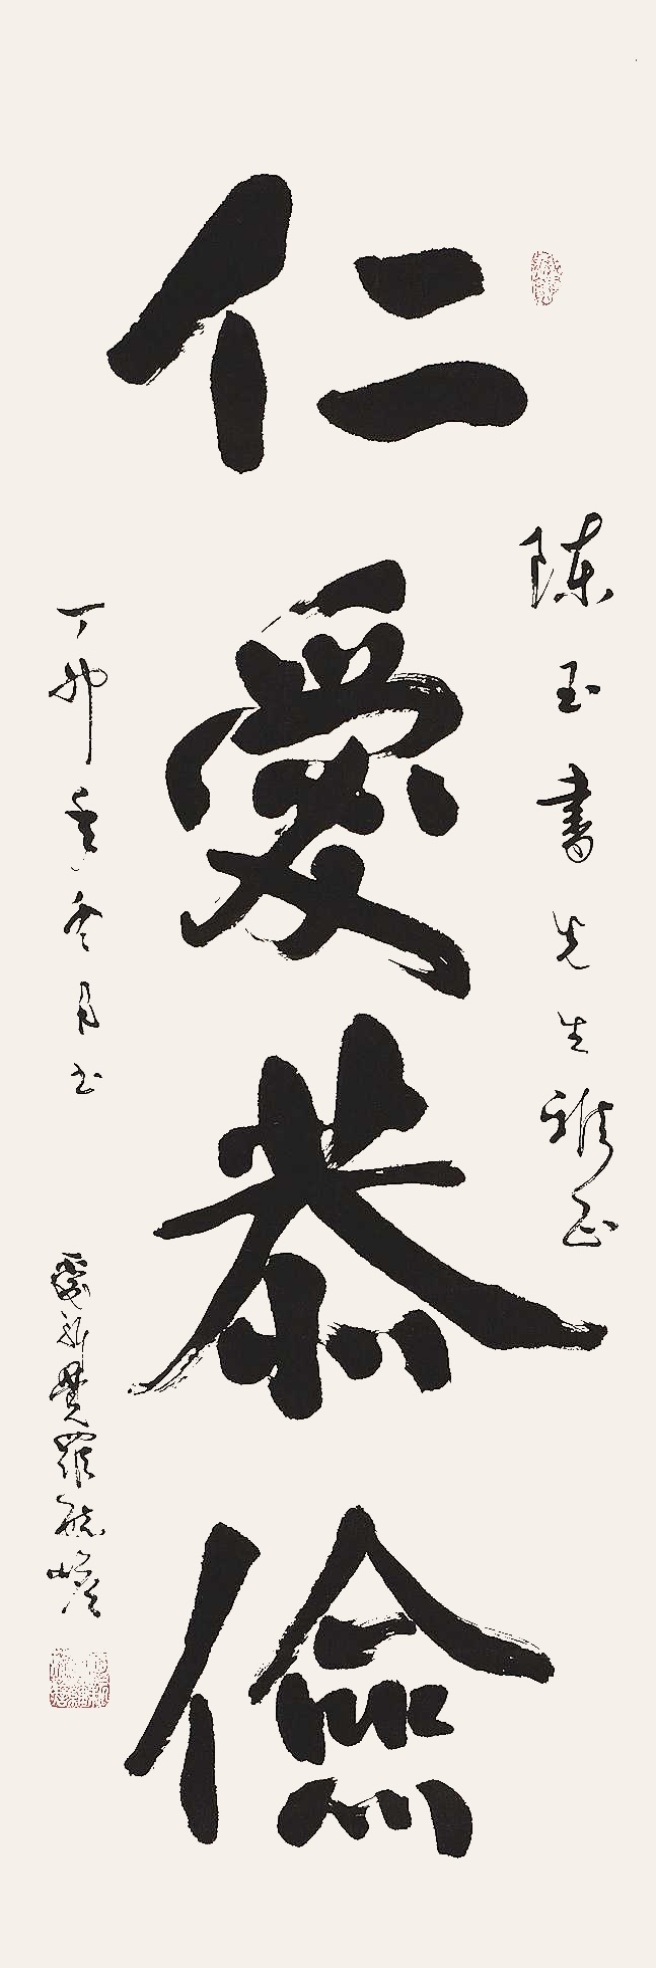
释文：仁爱恭俭。陈玉书先生雅正。丁卯年冬月书。爱新觉罗毓嶦。